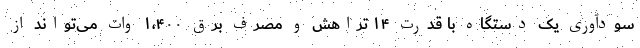
سودآوری یک دستگاه با قدرت ۱۴ تراهش و مصرف برق ۱،۴۰۰ وات می‌تواند از